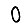
Digit: 0